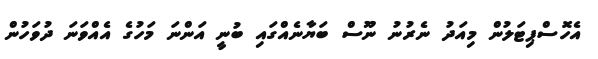
އެހޮސްޕިޓަލުން މިއަދު ނެރުނު ނޫސް ބަޔާނެއްގައި ބުނީ އަންނަ މަހުގެ އެއްވަނަ ދުވަހުން